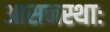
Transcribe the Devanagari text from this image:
आसनस्थाः